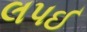
લપઈ